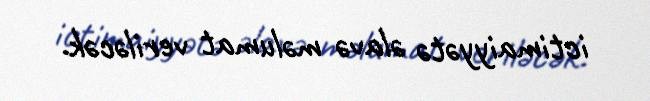
ictimaiyyətə əlavə məlumat veriləcək.